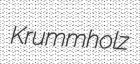
Krummholz